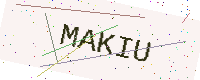
Text: MAKIU